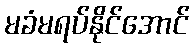
မခံမရပ်နိုင်အောင်